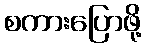
စကားပြောဖို့